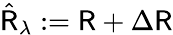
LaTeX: \hat{{\sf R}}_{\lambda}:={\sf R}+\Delta{\sf R}